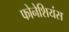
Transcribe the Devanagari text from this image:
फोनेशियंस